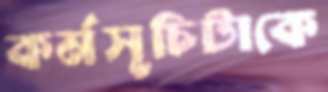
কর্মসূচিটাকে